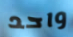
واحد